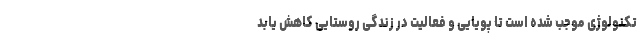
تکنولوژی موجب شده است تا پویایی و فعالیت در زندگی روستایی کاهش یابد